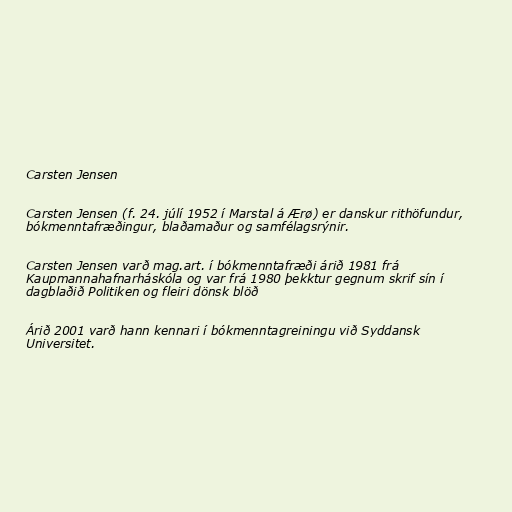
Carsten Jensen

Carsten Jensen (f. 24. júlí 1952 í Marstal á Ærø) er danskur rithöfundur,
bókmenntafræðingur, blaðamaður og samfélagsrýnir.

Carsten Jensen varð mag.art. í bókmenntafræði árið 1981 frá
Kaupmannahafnarháskóla og var frá 1980 þekktur gegnum skrif sín í
dagblaðið Politiken og fleiri dönsk blöð

Árið 2001 varð hann kennari í bókmenntagreiningu við Syddansk
Universitet.